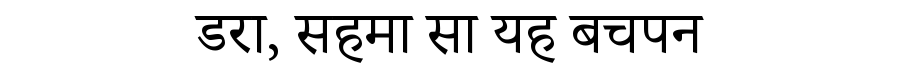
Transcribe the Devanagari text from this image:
डरा, सहमा सा यह बचपन